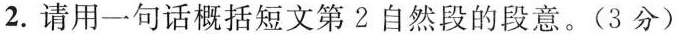
2.请用一句话概括短文第2自然段的段意。(3分)